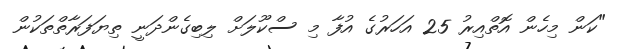
"ކަން މިހެން އޮތްއިރު 25 އަހަރުގެ އުފާ މި ސްކޫލަށް ލިބިގެންދަނީ ތިޔަފަރާތްތަކުން